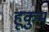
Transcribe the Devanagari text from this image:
हूकुम